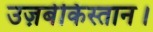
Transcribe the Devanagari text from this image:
उज़बेकिस्तान।